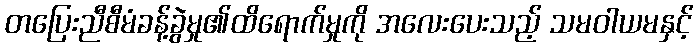
တပြေးညီစီမံခန့်ခွဲမှု၏ထိရောက်မှုကို အလေးပေးသည့် သမဝါယမနှင့်